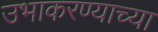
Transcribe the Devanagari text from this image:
उभाकरण्याच्या